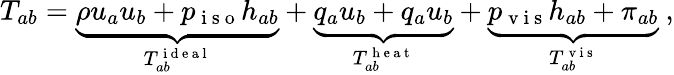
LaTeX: T_{ab}=\underbrace{\rho u_{a}u_{b}+p_{\mathrm{~i~s~o~}}h_{ab}}_{T_{ab}^{\mathrm{~i~d~e~a~l~}}}+\underbrace{q_{a}u_{b}+q_{a}u_{b}}_{T_{ab}^{\mathrm{~h~e~a~t~}}}+\underbrace{p_{\mathrm{~v~i~s~}}h_{ab}+\pi_{ab}}_{T_{ab}^{\mathrm{~v~i~s~}}}~,